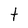
Character: t